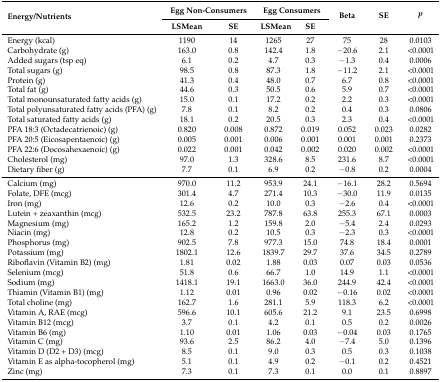
<table><thead><tr><td rowspan="2"><b>Energy/Nutrients</b></td><td colspan="2"><b>Egg Non-Consumers</b></td><td colspan="2"><b>Egg Consumers</b></td><td rowspan="2"><b>Beta</b></td><td rowspan="2"><b>SE</b></td><td rowspan="2"><b><i>p</i></b></td></tr><tr><td><b>LSMean</b></td><td><b>SE</b></td><td><b>LSMean</b></td><td><b>SE</b></td></tr></thead><tbody><tr><td>Energy (kcal)</td><td>1190</td><td>14</td><td>1265</td><td>27</td><td>75</td><td>28</td><td>0.0103</td></tr><tr><td>Carbohydrate (g)</td><td>163.0</td><td>0.8</td><td>142.4</td><td>1.8</td><td>−20.6</td><td>2.1</td><td>&lt;0.0001</td></tr><tr><td>Added sugars (tsp eq)</td><td>6.1</td><td>0.2</td><td>4.7</td><td>0.3</td><td>−1.3</td><td>0.4</td><td>0.0006</td></tr><tr><td>Total sugars (g)</td><td>98.5</td><td>0.8</td><td>87.3</td><td>1.8</td><td>−11.2</td><td>2.1</td><td>&lt;0.0001</td></tr><tr><td>Protein (g)</td><td>41.3</td><td>0.4</td><td>48.0</td><td>0.7</td><td>6.7</td><td>0.8</td><td>&lt;0.0001</td></tr><tr><td>Total fat (g)</td><td>44.6</td><td>0.3</td><td>50.5</td><td>0.6</td><td>5.9</td><td>0.7</td><td>&lt;0.0001</td></tr><tr><td>Total monounsaturated fatty acids (g)</td><td>15.0</td><td>0.1</td><td>17.2</td><td>0.2</td><td>2.2</td><td>0.3</td><td>&lt;0.0001</td></tr><tr><td>Total polyunsaturated fatty acids (PFA) (g)</td><td>7.8</td><td>0.1</td><td>8.2</td><td>0.2</td><td>0.4</td><td>0.3</td><td>0.0806</td></tr><tr><td>Total saturated fatty acids (g)</td><td>18.1</td><td>0.2</td><td>20.5</td><td>0.3</td><td>2.3</td><td>0.4</td><td>&lt;0.0001</td></tr><tr><td>PFA 18:3 (Octadecatrienoic) (g)</td><td>0.820</td><td>0.008</td><td>0.872</td><td>0.019</td><td>0.052</td><td>0.023</td><td>0.0282</td></tr><tr><td>PFA 20:5 (Eicosapentaenoic) (g)</td><td>0.005</td><td>0.001</td><td>0.006</td><td>0.001</td><td>0.001</td><td>0.001</td><td>0.2373</td></tr><tr><td>PFA 22:6 (Docosahexaenoic) (g)</td><td>0.022</td><td>0.001</td><td>0.042</td><td>0.002</td><td>0.020</td><td>0.002</td><td>&lt;0.0001</td></tr><tr><td>Cholesterol (mg)</td><td>97.0</td><td>1.3</td><td>328.6</td><td>8.5</td><td>231.6</td><td>8.7</td><td>&lt;0.0001</td></tr><tr><td>Dietary fiber (g)</td><td>7.7</td><td>0.1</td><td>6.9</td><td>0.2</td><td>−0.8</td><td>0.2</td><td>0.0004</td></tr><tr><td>Calcium (mg)</td><td>970.0</td><td>11.2</td><td>953.9</td><td>24.1</td><td>−16.1</td><td>28.2</td><td>0.5694</td></tr><tr><td>Folate, DFE (mcg)</td><td>301.4</td><td>4.7</td><td>271.4</td><td>10.3</td><td>−30.0</td><td>11.9</td><td>0.0135</td></tr><tr><td>Iron (mg)</td><td>12.6</td><td>0.2</td><td>10.0</td><td>0.3</td><td>−2.6</td><td>0.4</td><td>&lt;0.0001</td></tr><tr><td>Lutein + zeaxanthin (mcg)</td><td>532.5</td><td>23.2</td><td>787.8</td><td>63.8</td><td>255.3</td><td>67.1</td><td>0.0003</td></tr><tr><td>Magnesium (mg)</td><td>165.2</td><td>1.2</td><td>159.8</td><td>2.0</td><td>−5.4</td><td>2.4</td><td>0.0293</td></tr><tr><td>Niacin (mg)</td><td>12.8</td><td>0.2</td><td>10.5</td><td>0.3</td><td>−2.3</td><td>0.3</td><td>&lt;0.0001</td></tr><tr><td>Phosphorus (mg)</td><td>902.5</td><td>7.8</td><td>977.3</td><td>15.0</td><td>74.8</td><td>18.4</td><td>0.0001</td></tr><tr><td>Potassium (mg)</td><td>1802.1</td><td>12.6</td><td>1839.7</td><td>29.7</td><td>37.6</td><td>34.5</td><td>0.2789</td></tr><tr><td>Riboflavin (Vitamin B2) (mg)</td><td>1.81</td><td>0.02</td><td>1.88</td><td>0.03</td><td>0.07</td><td>0.03</td><td>0.0536</td></tr><tr><td>Selenium (mcg)</td><td>51.8</td><td>0.6</td><td>66.7</td><td>1.0</td><td>14.9</td><td>1.1</td><td>&lt;0.0001</td></tr><tr><td>Sodium (mg)</td><td>1418.1</td><td>19.1</td><td>1663.0</td><td>36.0</td><td>244.9</td><td>42.4</td><td>&lt;0.0001</td></tr><tr><td>Thiamin (Vitamin B1) (mg)</td><td>1.12</td><td>0.01</td><td>0.96</td><td>0.02</td><td>−0.16</td><td>0.02</td><td>&lt;0.0001</td></tr><tr><td>Total choline (mg)</td><td>162.7</td><td>1.6</td><td>281.1</td><td>5.9</td><td>118.3</td><td>6.2</td><td>&lt;0.0001</td></tr><tr><td>Vitamin A, RAE (mcg)</td><td>596.6</td><td>10.1</td><td>605.6</td><td>21.2</td><td>9.1</td><td>23.5</td><td>0.6998</td></tr><tr><td>Vitamin B12 (mcg)</td><td>3.7</td><td>0.1</td><td>4.2</td><td>0.1</td><td>0.5</td><td>0.2</td><td>0.0026</td></tr><tr><td>Vitamin B6 (mg)</td><td>1.10</td><td>0.01</td><td>1.06</td><td>0.03</td><td>−0.04</td><td>0.03</td><td>0.1765</td></tr><tr><td>Vitamin C (mg)</td><td>93.6</td><td>2.5</td><td>86.2</td><td>4.0</td><td>−7.4</td><td>5.0</td><td>0.1396</td></tr><tr><td>Vitamin D (D2 + D3) (mcg)</td><td>8.5</td><td>0.1</td><td>9.0</td><td>0.3</td><td>0.5</td><td>0.3</td><td>0.1038</td></tr><tr><td>Vitamin E as alpha-tocopherol (mg)</td><td>5.1</td><td>0.1</td><td>4.9</td><td>0.2</td><td>−0.1</td><td>0.2</td><td>0.4521</td></tr><tr><td>Zinc (mg)</td><td>7.3</td><td>0.1</td><td>7.3</td><td>0.1</td><td>0.0</td><td>0.1</td><td>0.8897</td></tr></tbody></table>